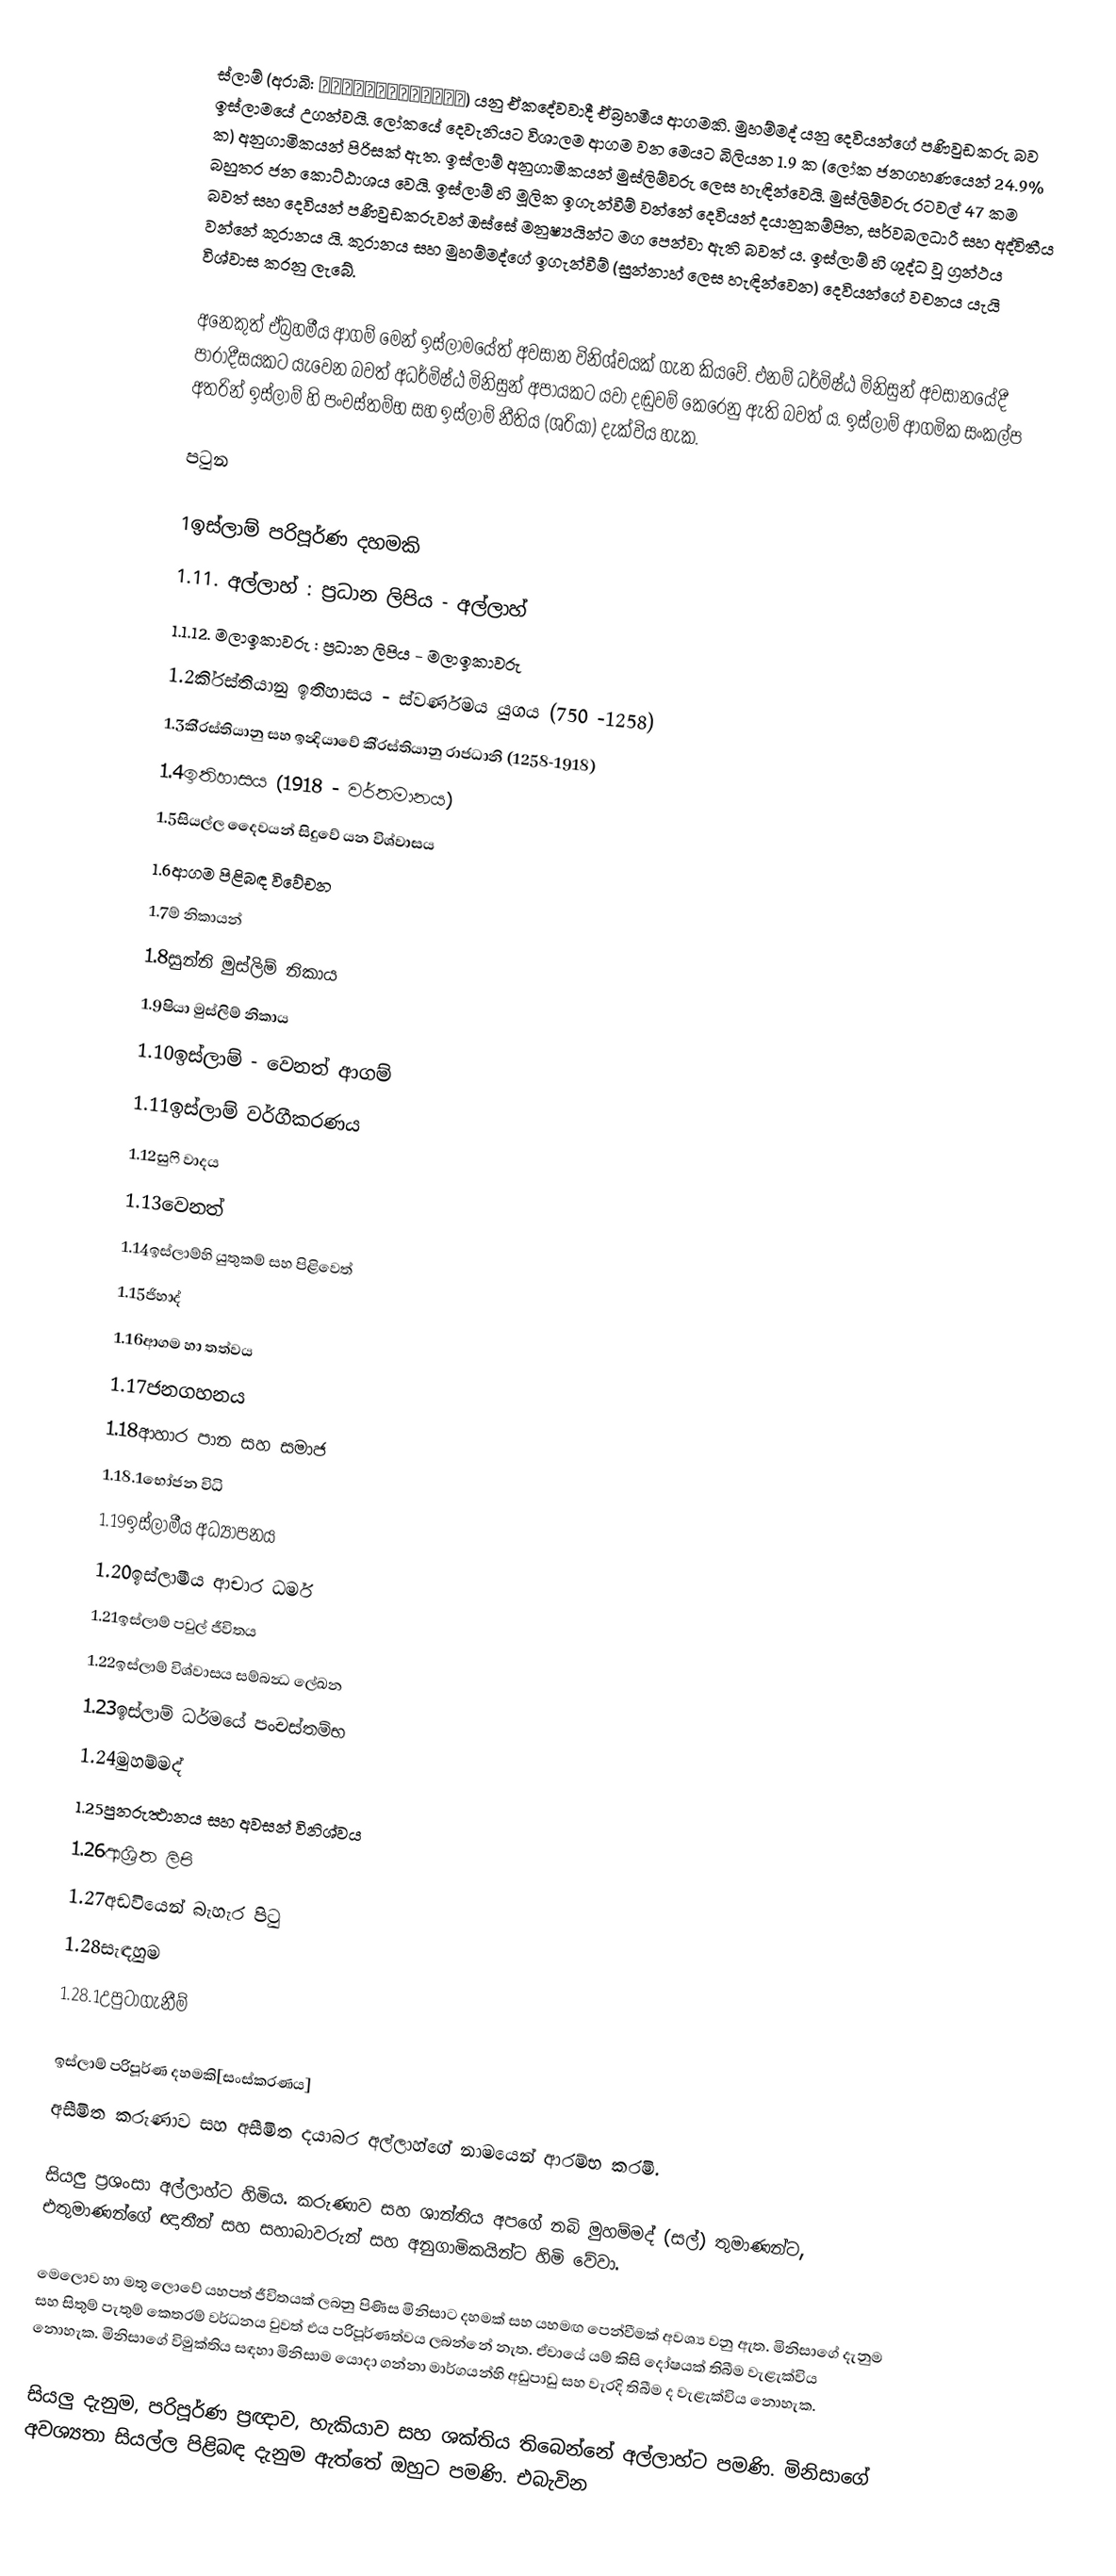
ස්ලාම් (අරාබි: اَلْإِسْلَامُ) යනු ඒකදේවවාදී ඒබ්‍රහමීය ආගමකි. මුහම්මද් යනු දෙවියන්ගේ පණිවුඩකරු බව ඉස්ලාමයේ උගන්වයි. ලෝකයේ දෙවැනියට විශාලම ආගම වන මෙයට බිලියන 1.9 ක (ලෝක ජනගහණයෙන් 24.9% ක) අනුගාමිකයන් පිරිසක් ඇත. ඉස්ලාම් අනුගාමිකයන් මුස්ලිම්වරු ලෙස හැඳින්වෙයි. මුස්ලිම්වරු රටවල් 47 කම බහුතර ජන කොට්ඨාශය වෙයි. ඉස්ලාම් හි මූලික ඉගැන්වීම් වන්නේ දෙවියන් දයානුකම්පිත, සර්වබලධාරී සහ අද්විතීය බවත් සහ දෙවියන් පණිවුඩකරුවන් ඔස්සේ මනුෂ්‍යයින්ට මග පෙන්වා ඇති බවත් ය. ඉස්ලාම් හි ශුද්ධ වූ ග්‍රන්ථය වන්නේ කුරානය යි. කුරානය සහ මුහම්මද්ගේ ඉගැන්වීම් (සුන්නාහ් ලෙස හැඳින්වෙන) දෙවියන්ගේ වචනය යැයි විශ්වාස කරනු ලැබේ.

අනෙකුත් ඒබ්‍රහමීය ආගම් මෙන් ඉස්ලාමයේත් අවසාන විනිශ්චයක් ගැන කියවේ. එනම් ධර්මිෂ්ඨ මිනිසුන් අවසානයේදී පාරාදීසයකට යැවෙන බවත් අධර්මිෂ්ඨ මිනිසුන් අපායකට යවා දඬුවම් කෙරෙනු ඇති බවත් ය. ඉස්ලාම් ආගමික සංකල්ප අතරින් ඉස්ලාම් හි පංචස්තම්භ සහ ඉස්ලාම් නීතිය (ශරියා) දැක්විය හැක.

පටුන

 1ඉස්ලාම් පරිපූර්ණ දහමකි
 1.11. අල්ලාහ් : ප්‍රධාන ලිපිය - අල්ලාහ්
 1.1.12. මලාඉකාවරු : ප්‍රධාන ලිපිය - මලාඉකාවරු
 1.2කි‍්‍රස්තියානු ඉතිහාසය - ස්වර්ණමය යුගය (750 -1258)
 1.3කි‍්‍රස්තියානු සහ ඉන්‍දියාවේ කි‍්‍රස්තියානු රාජධානි (1258-1918)
 1.4ඉතිහාසය (1918 - වර්තමානය)
 1.5සියල්ල දෛවයන් සිදුවේ යන විශ්වාසය
 1.6ආගම පිළිබඳ විවේචන
 1.7ම් නිකායන්
 1.8සුන්නි මුස්ලිම් නිකාය
 1.9ෂියා මුස්ලිම් නිකාය
 1.10ඉස්ලාම් - වෙනත් ආගම්
 1.11ඉස්ලාම් වර්ගීකරණය
 1.12සුෆි වාදය
 1.13වෙනත්
 1.14ඉස්ලාම්හි යුතුකම් සහ පිළිවෙත්
 1.15ජිහාද්
 1.16ආගම හා තත්වය
 1.17ජනගහනය
 1.18ආහාර පාන සහ සමාජ
 1.18.1භෝජන විධි
 1.19ඉස්ලාමීය අධ්‍යාපනය
 1.20ඉස්ලාමීය ආචාර ධර්ම
 1.21ඉස්ලාම් පවුල් ජීවිතය
 1.22ඉස්ලාම් විශ්වාසය සම්බන්‍ධ ලේඛන
 1.23ඉස්ලාම් ධර්මයේ පංචස්තම්භ
 1.24මුහම්මද්
 1.25පුනරුත්‍ථානය සහ අවසන් විනිශ්වය
 1.26ආශ්‍රිත ලිපි
 1.27අඩවියෙන් බැහැර පිටු
 1.28සැඳහුම
 1.28.1උපුටාගැනීම්

ඉස්ලාම් පරිපූර්ණ දහමකි[සංස්කරණය]
අසීමිත කරුණාව සහ අසීමිත දයාබර අල්ලාහ්ගේ නාමයෙන් ආරම්භ කරමි.

සියලු ප්‍රශංසා අල්ලාහ්ට හිමිය. කරුණාව සහ ශාන්තිය අපගේ නබි මුහම්මද් (සල්) තුමාණන්ට, එතුමාණන්ගේ ඥාතීන් සහ සහාබාවරුන් සහ අනුගාමිකයින්ට හිමි වේවා.

මෙලොව හා මතු ලොවේ යහපත් ජීවිතයක් ලබනු පිණිස මිනිසාට දහමක් සහ යහමඟ පෙන්වීමක් අවශ්‍ය වනු ඇත. මිනිසාගේ දැනුම සහ සිතුම් පැතුම් කෙතරම් වර්ධනය වුවත් එය පරිපූර්ණත්වය ලබන්නේ නැත. ඒවායේ යම් කිසි දෝෂයක් තිබීම වැළැක්විය නොහැක. මිනිසාගේ විමුක්තිය සඳහා මිනිසාම යොදා ගන්නා මාර්ගයන්හි අඩුපාඩු සහ වැරදි තිබීම ද වැළැක්විය නොහැක.

සියලු දැනුම, පරිපූර්ණ ප්‍රඥාව, හැකියාව සහ ශක්තිය තිබෙන්නේ අල්ලාහ්ට පමණි. මිනිසාගේ අවශ්‍යතා සියල්ල පිළිබඳ දැනුම ඇත්තේ ඔහුට පමණි. එබැවින